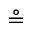
\circeq